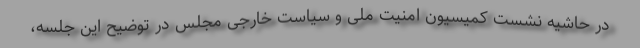
در حاشیه نشست کمیسیون امنیت ملی و سیاست خارجی مجلس در توضیح این جلسه،